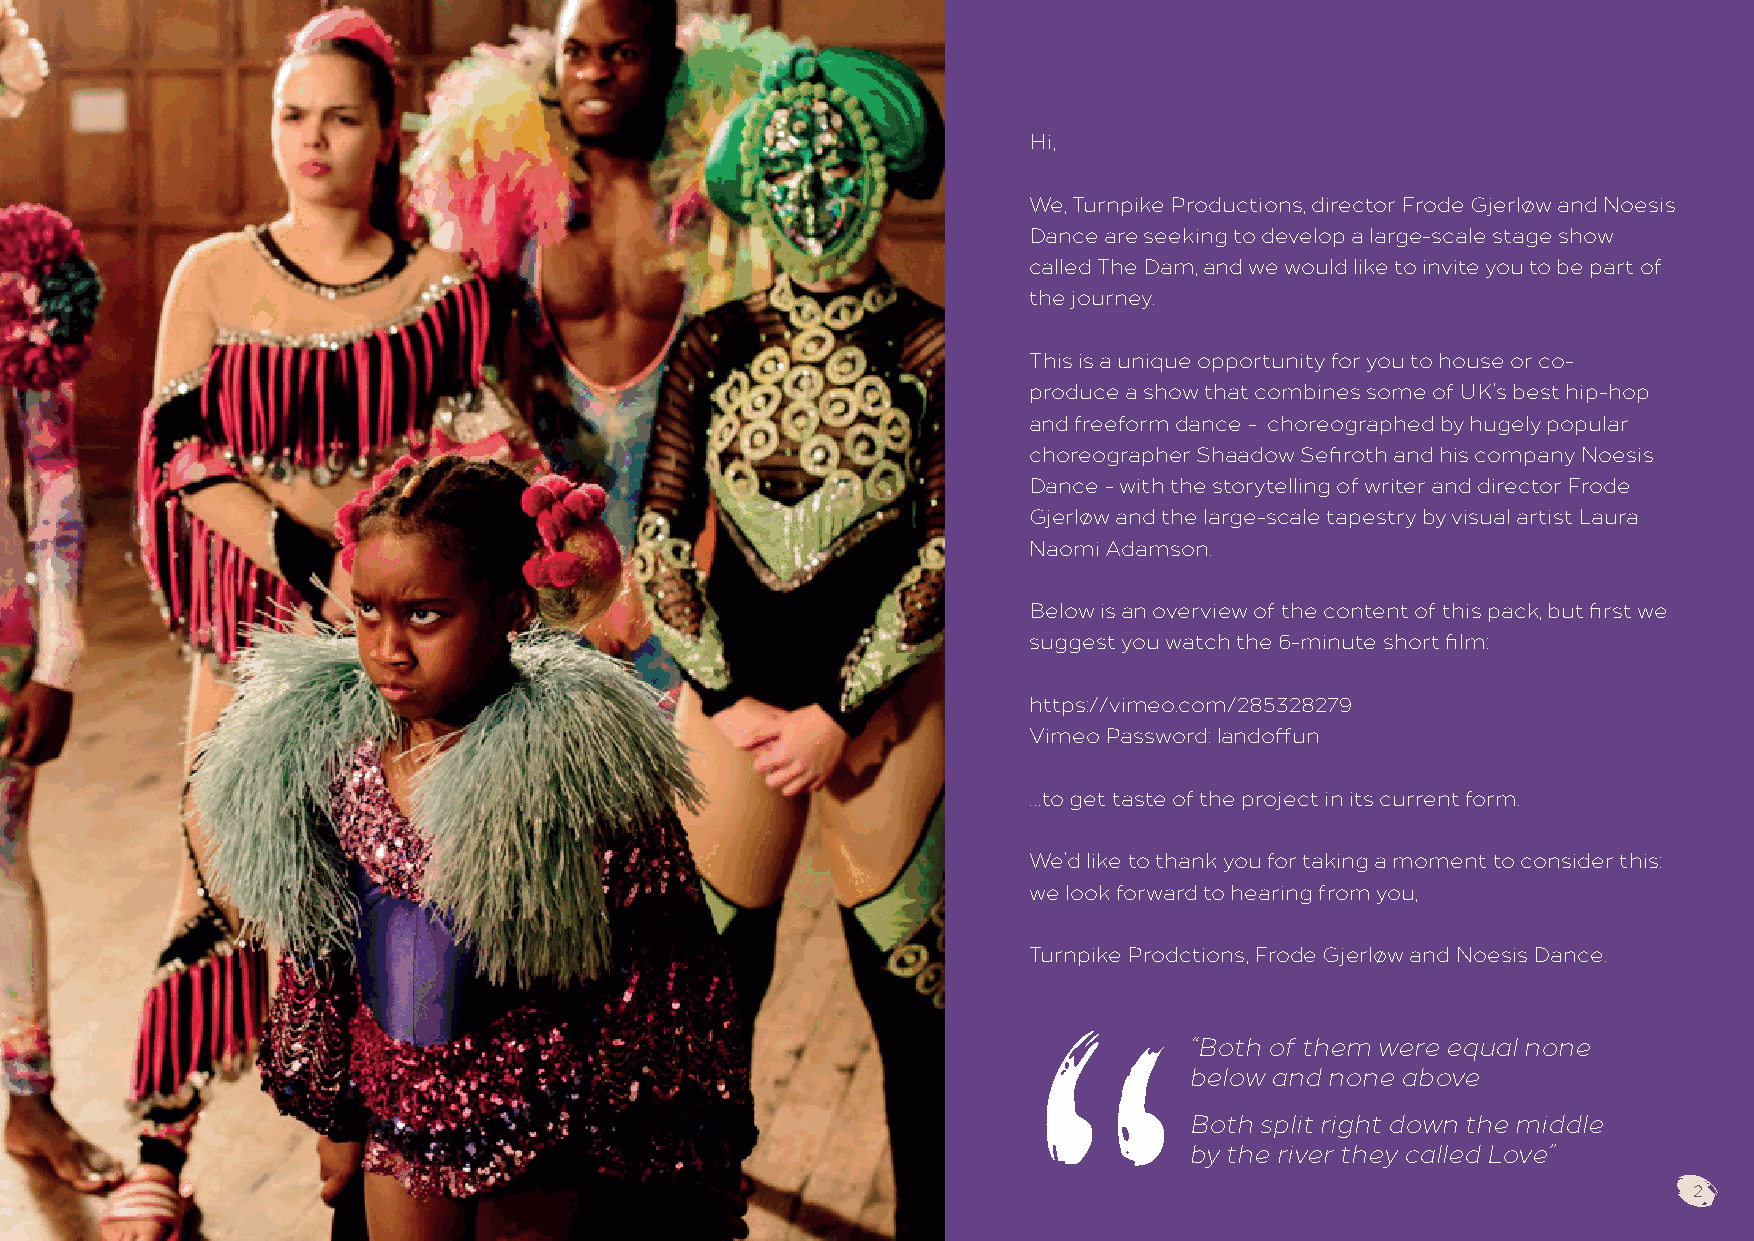
Hi,
 We, Turnpike Productions, director Frode Gjerløw and Noesis
 Dance are seeking to develop a large-scale stage show
 called The Dam, and we would like to invite you to be part of
 the journey.
 This is a unique opportunity for you to house or co-
 produce a show that combines some of UK’s best hip-hop
 and freeform dance - choreographed by hugely popular
 choreographer Shaadow Sefiroth and his company Noesis
 Dance - with the storytelling of writer and director Frode
 Gjerløw and the large-scale tapestry by visual artist Laura
 Naomi Adamson.
 Below is an overview of the content of this pack, but first we
 suggest you watch the 6-minute short film:
 https://vimeo.com/285328279
 Vimeo Password: landoffun
 …to get taste of the project in its current form.
 We’d like to thank you for taking a moment to consider this:
 we look forward to hearing from you,
 Turnpike Prodctions, Frode Gjerløw and Noesis Dance.
 “Both of them were equal none
 below and none above
 Both split right down the middle
 by the river they called Love”
 2